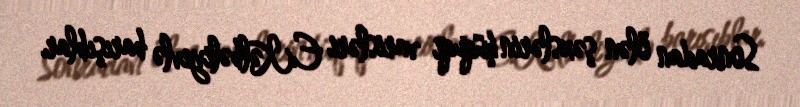
Sonradan ölən şəxslərin hüquqi varisləri E.Kəlbəliyevlə barışıblar.